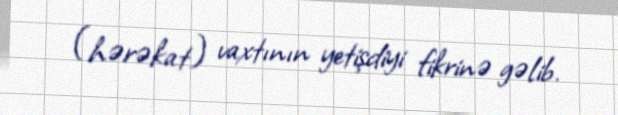
(hərəkat) vaxtının yetişdiyi fikrinə gəlib.